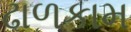
ઢાળકામ